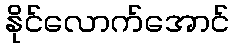
နိုင်လောက်အောင်